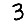
Digit: 3